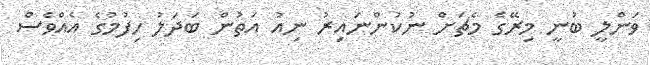
ވަންލީ ބުނީ މިރޭގެ މެޗަށް ނުކުންނައިރު ނިއު އަތުން ބަދަލު ހިފުމުގެ އެއްވެސް